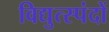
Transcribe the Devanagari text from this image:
विद्युत्स्पंदों